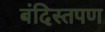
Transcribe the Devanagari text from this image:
बंदिस्तपण